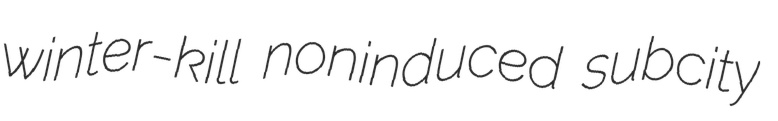
winter-kill noninduced subcity